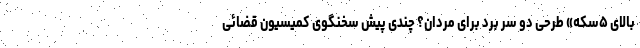
بالای ۵سکه» طرحی دو سر برد برای مردان؟ چندی پیش سخنگوی کمیسیون قضائی